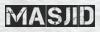
MASJID